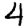
Digit: 4